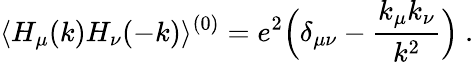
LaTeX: \langle H_{\mu}(k)H_{\nu}(-k)\rangle^{(0)}=e^{2}\Bigl(\delta_{\mu\nu}-{\frac{k_{\mu}k_{\nu}}{k^{2}}}\Bigr)\ .